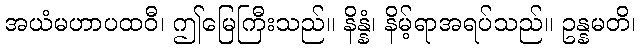
အယံမဟာပထဝီ၊ ဤမြေကြီးသည်။ နိန္နံ၊ နိမ့်ရာအရပ်သည်။ ဥန္နမတိ၊